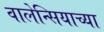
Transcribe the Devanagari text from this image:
वालेन्सियाच्या